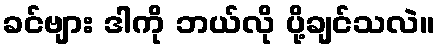
ခင်ဗျား ဒါကို ဘယ်လို ပို့ချင်သလဲ။